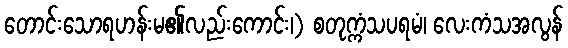
တောင်းသောရဟန်းမ၏လည်းကောင်း၊) စတုက္ကံသပရမံ၊ လေးကံသအလွန်